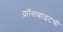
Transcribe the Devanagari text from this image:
क्रॉसव्हाइटची